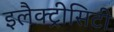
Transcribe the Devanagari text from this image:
इलैक्‍ट्रीसिटी